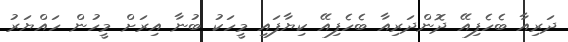
ދަރިއާ ބެހެފިއޭ ދޮންދަރިއާ ބެހެފިއޭ ކިޔާފައި މީހަކު ބުނާ އިރަށް މީހުން ހައްޔަރު